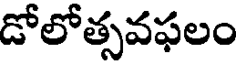
డోలోత్సవఫలం